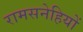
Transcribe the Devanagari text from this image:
रामसनेहियों